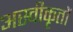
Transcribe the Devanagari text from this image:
अस्‍वीकृतों